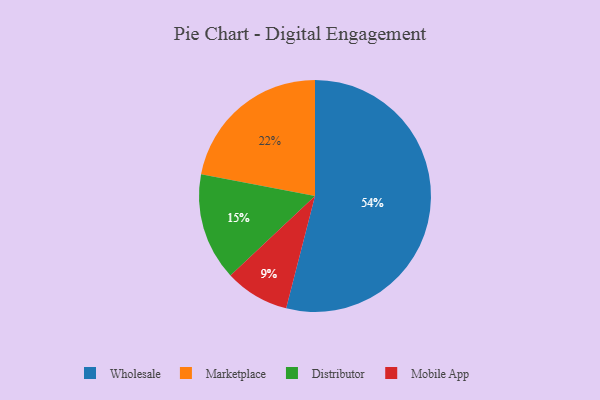
{"axis": {"x": "Category", "y": "Percentage"}, "legend": ["Distributor", "Marketplace", "Mobile App", "Wholesale"], "data": [{"x": "Distributor", "y": 15, "type": "Distributor"}, {"x": "Wholesale", "y": 54, "type": "Wholesale"}, {"x": "Marketplace", "y": 22, "type": "Marketplace"}, {"x": "Mobile App", "y": 9, "type": "Mobile App"}]}